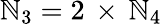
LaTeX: {\cal\mathbb{N}}_{3}=2\, \times\, {\cal\mathbb{N}}_{4}